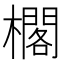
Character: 櫊